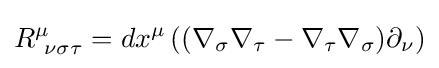
R_{\ \nu \sigma \tau }^{\mu }=dx^{\mu }\left((\nabla _{\sigma }\nabla _{\tau }-\nabla _{\tau }\nabla _{\sigma })\partial _{\nu }\right)